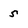
Character: s